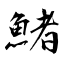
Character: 鯺